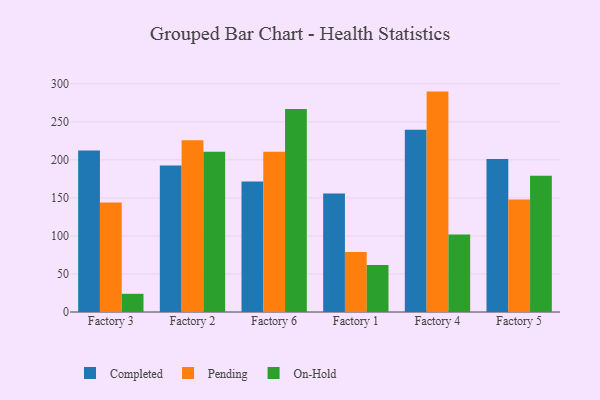
{"axis": {"x": "Factory", "y": "Operating Costs (USD K)"}, "legend": ["Completed", "On-Hold", "Pending"], "data": [{"x": "Factory 3", "y": 212.2, "type": "Completed"}, {"x": "Factory 3", "y": 144.0, "type": "Pending"}, {"x": "Factory 3", "y": 23.9, "type": "On-Hold"}, {"x": "Factory 2", "y": 192.7, "type": "Completed"}, {"x": "Factory 2", "y": 225.7, "type": "Pending"}, {"x": "Factory 2", "y": 210.6, "type": "On-Hold"}, {"x": "Factory 6", "y": 171.5, "type": "Completed"}, {"x": "Factory 6", "y": 210.6, "type": "Pending"}, {"x": "Factory 6", "y": 266.8, "type": "On-Hold"}, {"x": "Factory 1", "y": 155.7, "type": "Completed"}, {"x": "Factory 1", "y": 78.9, "type": "Pending"}, {"x": "Factory 1", "y": 61.8, "type": "On-Hold"}, {"x": "Factory 4", "y": 239.6, "type": "Completed"}, {"x": "Factory 4", "y": 289.7, "type": "Pending"}, {"x": "Factory 4", "y": 101.8, "type": "On-Hold"}, {"x": "Factory 5", "y": 201.2, "type": "Completed"}, {"x": "Factory 5", "y": 147.8, "type": "Pending"}, {"x": "Factory 5", "y": 179.0, "type": "On-Hold"}]}